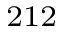
^ { 2 1 2 }